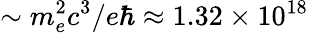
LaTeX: \sim m_{e}^{2}c^{3}/e\hbar\approx 1.32\times 10^{18}